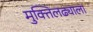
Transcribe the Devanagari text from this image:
मुक्तिलढ्याला